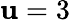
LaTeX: \mathbf{u}=3